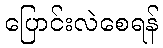
ပြောင်းလဲစေရန်